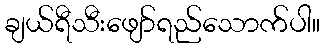
ချယ်ရီသီးဖျော်ရည်သောက်ပါ။